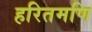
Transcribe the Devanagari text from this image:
हरितमणि